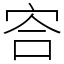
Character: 㝓